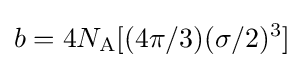
b=4N_{\text{A}}[(4\pi /3)(\sigma /2)^{3}]